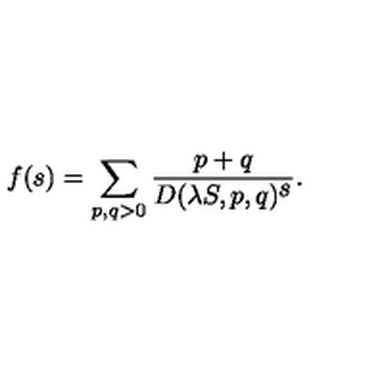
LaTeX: f ( s ) = \sum _ { p , q > 0 } \frac { p + q } { D ( \lambda S , p , q ) ^ { \textstyle s } } .